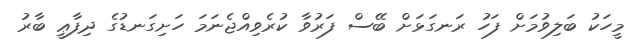
މީހަކު ބަލިވުމަށް ފަހު ރަނގަޅަށް ބޭސް ފަރުވާ ކުރެވިއްޖެނަމަ ހަށިގަނޑުގެ ދިފާޢީ ބާރު